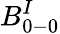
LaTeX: B_{0-0}^{I}